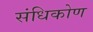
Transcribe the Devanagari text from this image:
संधिकोण